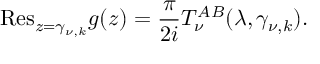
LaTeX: { \mathrm { R e s } } _ { z = \gamma _ { \nu , k } } g ( z ) = \frac { \pi } { 2 i } T _ { \nu } ^ { A B } ( \lambda , \gamma _ { \nu , k } ) .